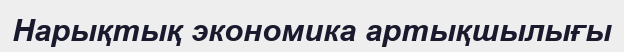
Нарықтық экономика артықшылығы